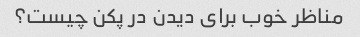
مناظر خوب برای دیدن در پکن چیست؟